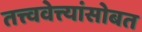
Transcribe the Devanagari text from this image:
तत्त्ववेत्त्यांसोबत